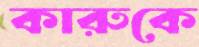
কারুকে